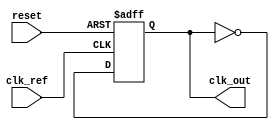
module MemoryBlocksDLL (
    input wire clk_ref,         // Reference Clock Input
    output reg clk_out,         // Output Clock
    input wire reset            // Reset signal
);

    // Parameters
    parameter NUM_DELAY_ELEMENTS = 8; // Number of delay elements
    parameter DELAY_STEP = 1;          // Delay increment step

    // Internal signals
    reg [NUM_DELAY_ELEMENTS-1:0] delay_line;  // Delay line configuration
    reg [3:0] delay_count;                    // Current delay count
    reg clk_ref_delayed;                      // Delayed reference clock
    wire phase_error;                         // Phase error signal

    // Phase Detector (PD)
    assign phase_error = clk_out ^ clk_ref_delayed; // Simple XOR for phase detection

    // Control Logic
    always @(posedge clk_ref or posedge reset) begin
        if (reset) begin
            delay_count <= 0; // Reset delay
            delay_line <= 0;  // Reset delay line
        end else begin
            // Adjust delay based on phase error
            if (phase_error) begin
                if (clk_out < clk_ref_delayed) begin
                    if (delay_count < NUM_DELAY_ELEMENTS - 1)
                        delay_count <= delay_count + DELAY_STEP; // Adjust delay
                end else begin
                    if (delay_count > 0)
                        delay_count <= delay_count - DELAY_STEP; // Adjust delay
                end
            end
        end
    end

    // Delay Line Implementation (using a simple case statement for delays)
    always @(*) begin
        case (delay_count)
            0: clk_ref_delayed = clk_ref; // No delay
            1: clk_ref_delayed = #1 clk_ref; // 1 time unit delay
            2: clk_ref_delayed = #2 clk_ref; // 2 time units delay
            3: clk_ref_delayed = #3 clk_ref; // 3 time units delay
            4: clk_ref_delayed = #4 clk_ref; // 4 time units delay
            5: clk_ref_delayed = #5 clk_ref; // 5 time units delay
            6: clk_ref_delayed = #6 clk_ref; // 6 time units delay
            7: clk_ref_delayed = #7 clk_ref; // 7 time units delay
            default: clk_ref_delayed = clk_ref; // Default case
        endcase
    end

    // Output Clock Generation
    always @(posedge clk_ref_delayed or posedge reset) begin
        if (reset) begin
            clk_out <= 0; // Reset output clock
        end else begin
            clk_out <= ~clk_out; // Toggle output clock
        end
    end

endmodule